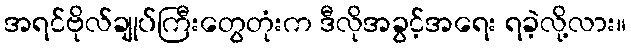
အရင်ဗိုလ်ချုပ်ကြီးတွေတုံးက ဒီလိုအခွင့်အရေး ရခဲ့လို့လား။